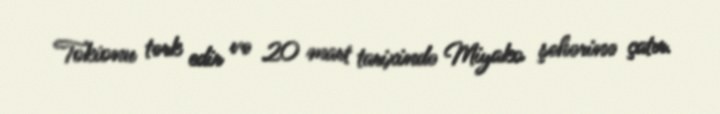
Tokionu tərk edir və 20 mart tarixində Miyako şəhərinə çatır.